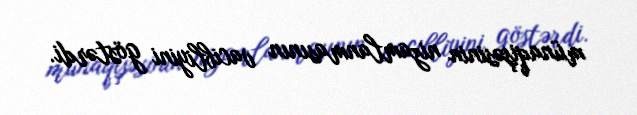
münaqişəsinin nizamlanmasının vacibliyini göstərdi.